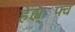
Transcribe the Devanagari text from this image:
हेह्य्॑फ्व